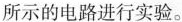
所示的电路进行实验。